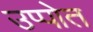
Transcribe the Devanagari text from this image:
उप्पोत